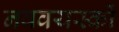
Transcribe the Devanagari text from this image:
नववयस्कों